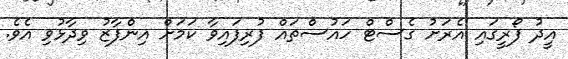
އީދު ފޯރީގައި އެރަށު ގެސްޓް ހައުސްތައް ފުރިފައިވާ ކަމަށް އިންފާޒު ވިދާޅުވި އެވެ.